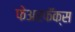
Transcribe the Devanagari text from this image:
फेअरफॅक्स